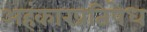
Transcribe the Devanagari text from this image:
अहंकारप्रतिषेध